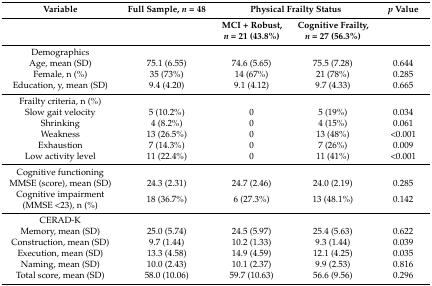
<table><thead><tr><td><b>Variable</b></td><td><b>Full Sample, <i>n</i> = 48</b></td><td colspan="2"><b>Physical Frailty Status</b></td><td><b><i>p</i> Value</b></td></tr><tr><td></td><td></td><td><b>MCI + Robust, <i>n</i> = 21 (43.8%)</b></td><td><b>Cognitive Frailty, <i>n</i> = 27 (56.3%)</b></td><td></td></tr></thead><tbody><tr><td>Demographics</td><td></td><td></td><td></td><td></td></tr><tr><td>Age, mean (SD)</td><td>75.1 (6.55)</td><td>74.6 (5.65)</td><td>75.5 (7.28)</td><td>0.644</td></tr><tr><td>Female, n (%)</td><td>35 (73%)</td><td>14 (67%)</td><td>21 (78%)</td><td>0.285</td></tr><tr><td>Education, y, mean (SD)</td><td>9.4 (4.20)</td><td>9.1 (4.12)</td><td>9.7 (4.33)</td><td>0.665</td></tr><tr><td>Frailty criteria, n (%)</td><td></td><td></td><td></td><td></td></tr><tr><td>Slow gait velocity</td><td>5 (10.2%)</td><td>0</td><td>5 (19%)</td><td>0.034</td></tr><tr><td>Shrinking</td><td>4 (8.2%)</td><td>0</td><td>4 (15%)</td><td>0.061</td></tr><tr><td>Weakness</td><td>13 (26.5%)</td><td>0</td><td>13 (48%)</td><td>&lt;0.001</td></tr><tr><td>Exhaustion</td><td>7 (14.3%)</td><td>0</td><td>7 (26%)</td><td>0.009</td></tr><tr><td>Low activity level</td><td>11 (22.4%)</td><td>0</td><td>11 (41%)</td><td>&lt;0.001</td></tr><tr><td>Cognitive functioning</td><td></td><td></td><td></td><td></td></tr><tr><td>MMSE (score), mean (SD)</td><td>24.3 (2.31)</td><td>24.7 (2.46)</td><td>24.0 (2.19)</td><td>0.285</td></tr><tr><td>Cognitive impairment (MMSE &lt;23), n (%)</td><td>18 (36.7%)</td><td>6 (27.3%)</td><td>13 (48.1%)</td><td>0.142</td></tr><tr><td>CERAD-K</td><td></td><td></td><td></td><td></td></tr><tr><td>Memory, mean (SD)</td><td>25.0 (5.74)</td><td>24.5 (5.97)</td><td>25.4 (5.63)</td><td>0.622</td></tr><tr><td>Construction, mean (SD)</td><td>9.7 (1.44)</td><td>10.2 (1.33)</td><td>9.3 (1.44)</td><td>0.039</td></tr><tr><td>Execution, mean (SD)</td><td>13.3 (4.58)</td><td>14.9 (4.59)</td><td>12.1 (4.25)</td><td>0.035</td></tr><tr><td>Naming, mean (SD)</td><td>10.0 (2.43)</td><td>10.1 (2.37)</td><td>9.9 (2.53)</td><td>0.816</td></tr><tr><td>Total score, mean (SD)</td><td>58.0 (10.06)</td><td>59.7 (10.63)</td><td>56.6 (9.56)</td><td>0.296</td></tr></tbody></table>